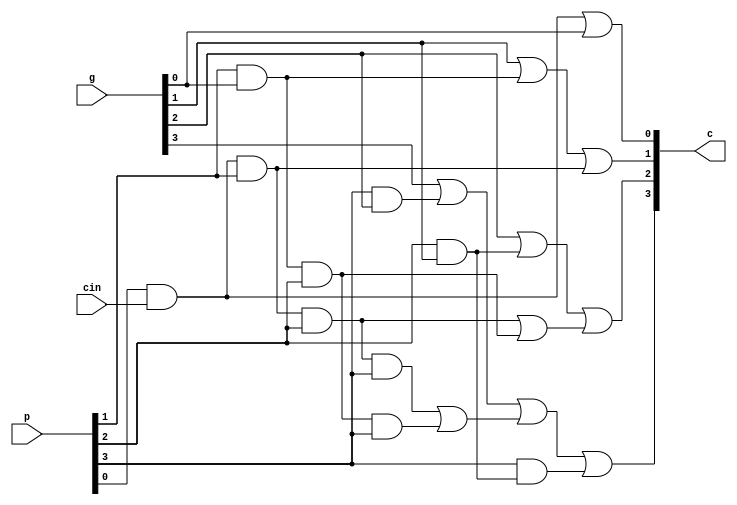

module fourbcla(input cin,output [3:0]c,input[3:0]p,input[3:0]g);



//c1 = g0 + p0c0

and and1(pc0,p[0],cin);
or or1(c[0],pc0,g[0]);


//c2 = g1 + p1g0 + p1p0c0

and and2(pc1,pc0,p[1]);
and and3(pg0,p[1],g[0]);
or or2(l1,g[1],pg0);
or or3(c[1],l1,pc1);



//c3 = g2 + p2g1 + p2p1g0 + p2p1p0c0

and and4(pc2,pc1,p[2]);
and and5(pg1,pg0,p[2]);
and and6(pgs1,p[2],g[1]);
or or4(l2,g[2],pgs1);
or or5(r1,pc2,pg1);
or or6(c[2],l2,r1);

//c4 = g3 + p3g2 + p3p2g1 + p3p2p1g0 + p3p2p1p0c0
and and7(pc3,pc2,p[3]);
and and8(pg2,pg1,p[3]);
and and9(pgs2,p[3],pgs1);
and and10(pgs3,p[3],g[2]);
or or7(l3,g[3],pgs3);
or or8(r2,pc3,pg2);
or or9(t1,l3,r2);
or or10(c[3],t1,pgs2);



endmodule